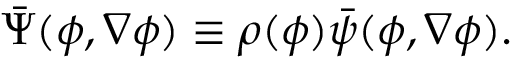
\begin{array} { r } { \bar { \Psi } ( \phi , \nabla \phi ) \equiv \rho ( \phi ) \bar { \psi } ( \phi , \nabla \phi ) . } \end{array}